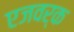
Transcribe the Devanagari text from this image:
एजवर्क